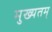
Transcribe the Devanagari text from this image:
मुख्यतम्